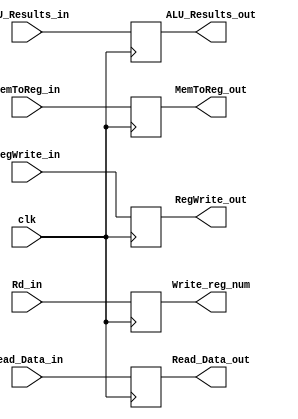
`timescale 1ns / 1ps

module MEM_WB(input clk,MemToReg_in,RegWrite_in,
input [31:0] Read_Data_in,ALU_Results_in,
input[4:0] Rd_in,
output reg [4:0] Write_reg_num,
output reg [31:0] Read_Data_out,ALU_Results_out,
output reg MemToReg_out, RegWrite_out
    );
always@(posedge clk)
begin
    Read_Data_out <= Read_Data_in;
    ALU_Results_out <= ALU_Results_in;
    RegWrite_out <= RegWrite_in;
    MemToReg_out <= MemToReg_in;
    Write_reg_num <= Rd_in;
end
endmodule